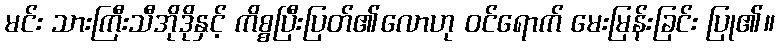
မင်း သားကြီးသီအိုဒိုနှင့် ကိစ္စပြီးပြတ်၏လောဟု ဝင်ရောက် မေးမြန်းခြင်း ပြု၏။